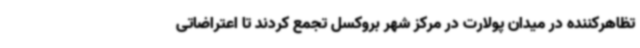
تظاهرکننده در میدان پولارت در مرکز شهر بروکسل تجمع کردند تا اعتراضاتی